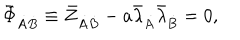
LaTeX: \bar { \Phi } _ { \dot { A } \dot { B } } \equiv \bar { Z } _ { \dot { A } \dot { B } } - a \bar { \lambda } _ { \dot { A } } \bar { \lambda } _ { \dot { B } } = 0 ,